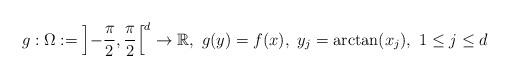
LaTeX: \begin{align*}g:\Omega:=\left]-\frac{\pi}{2},\frac{\pi}{2} \right[^d\rightarrow {\mathbb R},~ g(y)=f(x),~ y_j=\arctan(x_j),~1\leq j\leq d\end{align*}